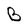
Character: B